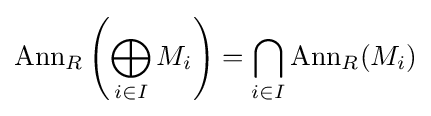
\operatorname {Ann} _{R}\left(\bigoplus _{i\in I}M_{i}\right)=\bigcap _{i\in I}\operatorname {Ann} _{R}(M_{i})